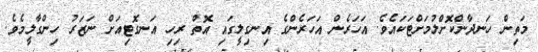
މަތިން ހަނދާންކޮށްލުމަށްޓަކައެވެ. އަހަރެން އަހަރެންގެ އިނގިލީގައި އޮތް ރިހި އަނގޮޓިއަށް ނަޒަރު ހިންގާލީމެވެ.